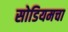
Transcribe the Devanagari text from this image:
सोडियमचा